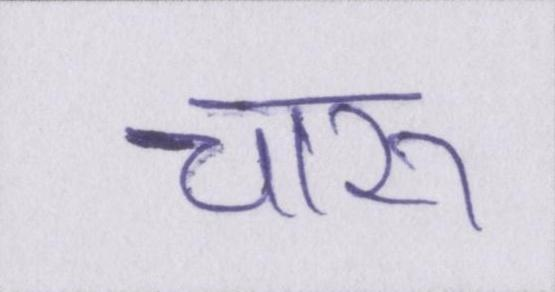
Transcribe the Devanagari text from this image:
चारु